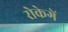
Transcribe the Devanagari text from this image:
रोकेगें